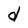
Character: d